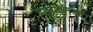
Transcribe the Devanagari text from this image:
प्लंबतक